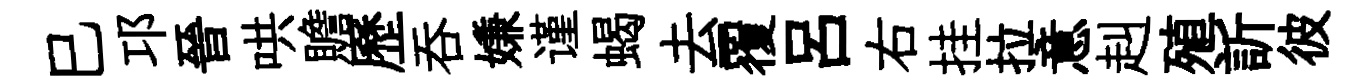
巳邛晉哄贍歷吞嫌谨蝎去覆吕右挂拉意赳殖訢彼